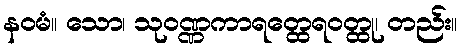
နဝမံ။ သော၊ သုဝဏ္ဏကာရတ္ထေရဝတ္ထု၊ တည်း။